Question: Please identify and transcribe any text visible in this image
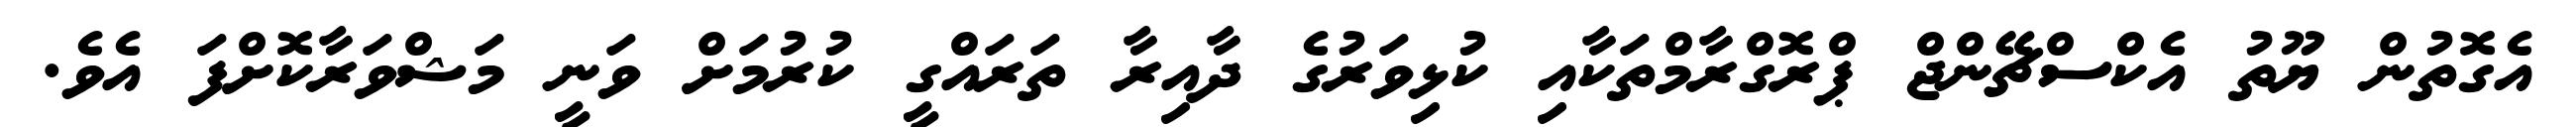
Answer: އެގޮތުން ޔޫތު އެކްސްޗޭންޖް ޕްރޮގްރާމްތަކާއި ކުޅިވަރުގެ ދާއިރާ ތަރައްގީ ކުރުމަށް ވަނީ މަޝްވަރާކޮށްފަ އެވެ.